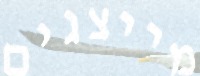
מייצגים